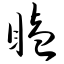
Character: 瞌